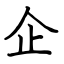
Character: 企